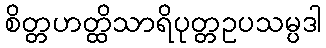
စိတ္တဟတ္ထိသာရိပုတ္တဥပသမ္ပဒါ